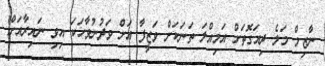
ނާޒިމް މަލެ ދިއަގޮތަށް އަމިއްލަ ތަނަކަށް ވަޒީފާ އަށް ވަދުނުވާހަކަ އިވި ނައިރާއަށް